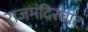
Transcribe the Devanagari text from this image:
राजमंदिरघाट